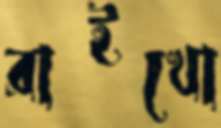
রাইখো